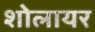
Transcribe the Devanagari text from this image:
शोलायर